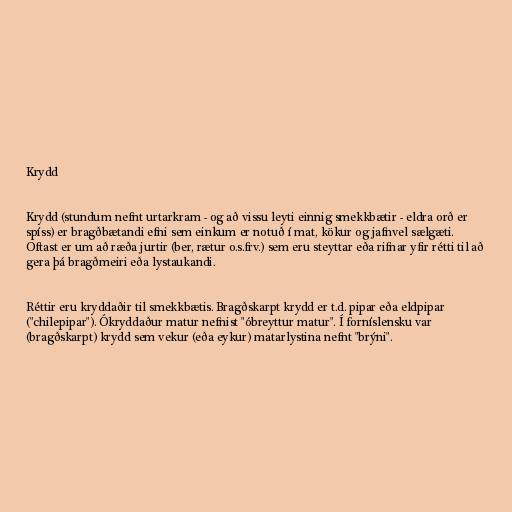
Krydd

Krydd (stundum nefnt urtarkram - og að vissu leyti einnig smekkbætir - eldra orð er
spíss) er bragðbætandi efni sem einkum er notuð í mat, kökur og jafnvel sælgæti.
Oftast er um að ræða jurtir (ber, rætur o.s.frv.) sem eru steyttar eða rifnar yfir rétti til að
gera þá bragðmeiri eða lystaukandi.

Réttir eru kryddaðir til smekkbætis. Bragðskarpt krydd er t.d. pipar eða eldpipar
("chilepipar"). Ókryddaður matur nefnist "óbreyttur matur". Í forníslensku var
(bragðskarpt) krydd sem vekur (eða eykur) matarlystina nefnt "brýni".